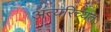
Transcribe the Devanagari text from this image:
अत्यरिच्यत